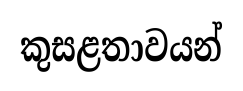
කුසළතාවයන්